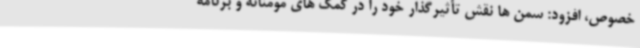
خصوص، افزود: سمن ها نقش تأثیرگذار خود را در کمک های مومنانه و برنامه